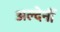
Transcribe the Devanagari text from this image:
अल्देर्नी